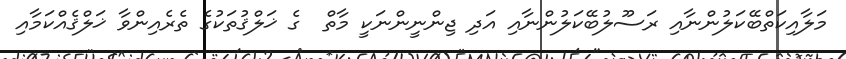
މަލާއިކަތްބޭކަލުންނާއި ރަސޫލުބޭކަލުންނާއި އަދި ޖިންނީންނަކީ މާތް  ގެ ޚަލްޤުތަކުގެ ތެރެއިންވާ ޚަލްޤެއްކަމާއި